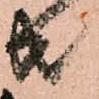
共